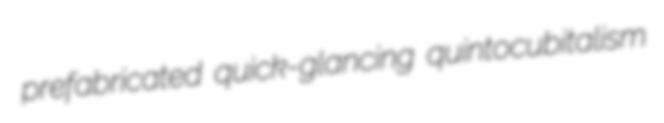
prefabricated quick-glancing quintocubitalism